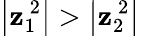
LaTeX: \left|\mathbf{z}_{1}^{\ 2}\right|>\left|\mathbf{z}_{2}^{\ 2}\right|\,